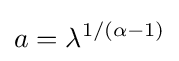
a=\lambda ^{1/(\alpha -1)}